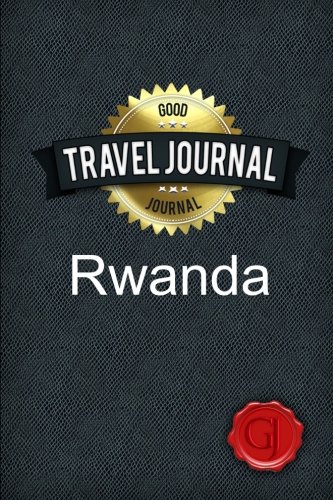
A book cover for Travel Journal Rwanda; Good Journal; Travel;